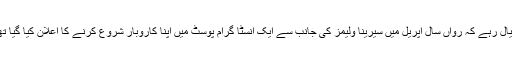
خیال رہے کہ رواں سال اپریل میں سیرینا ولیمز کی جانب سے ایک انسٹا گرام پوسٹ میں اپنا کاروبار شروع کرنے کا اعلان کیا گیا تھا۔